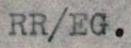
RR/EG.